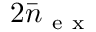
2 \bar { n } _ { \mathrm { ~ e ~ x ~ } }